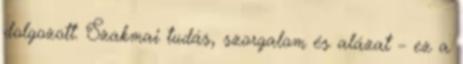
dolgozott. Szakmai tudás, szorgalom és alázat – ez a